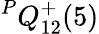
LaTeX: {}^{P}{Q}_{1{2}}^{{+}}({5})